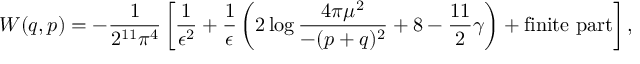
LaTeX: { \cal W } ( q , p ) = - \frac { 1 } { 2 ^ { 1 1 } \pi ^ { 4 } } \left[ \frac { 1 } { \epsilon ^ { 2 } } + \frac { 1 } { \epsilon } \left( 2 \log \frac { 4 \pi \mu ^ { 2 } } { - ( p + q ) ^ { 2 } } + 8 - \frac { 1 1 } { 2 } \gamma \right) + \mathrm { f i n i t e ~ p a r t } \right] , \,